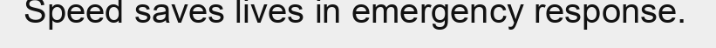
Speed saves lives in emergency response.